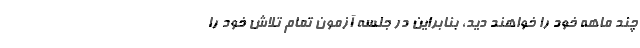
چند ماهه خود را خواهند دید، بنابراین در جلسه آزمون تمام تلاش خود را